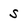
Character: S